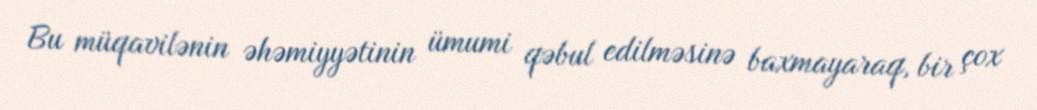
Bu müqavilənin əhəmiyyətinin ümumi qəbul edilməsinə baxmayaraq, bir çox